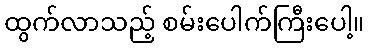
ထွက်လာသည့် စမ်းပေါက်ကြီးပေါ့။